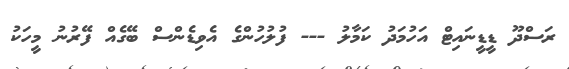
ރަސްދޫ ޑީޑީނައިޓް އަހުމަދު ކަމާލު --- ފުލުހުންގެ އެވިޑެންސް ބޭގެއް ފޭރުނު މީހަކު